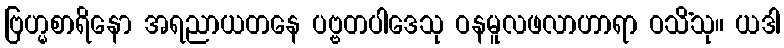
ဗြဟ္မစာရိနော အရညာယတနေ ပဗ္ဗတပါဒေသု ဝနမူလဖလာဟာရာ ဝသိံသု။ ယဒါ